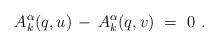
LaTeX: \begin{align*} A_k^\alpha(q,u) \, - \, A_k^\alpha(q,v)~=~0~.\end{align*}